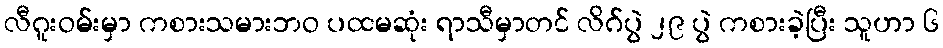
လီဂူးဝမ်းမှာ ကစားသမားဘဝ ပထမဆုံး ရာသီမှာတင် လိဂ်ပွဲ ၂၉ ပွဲ ကစားခဲ့ပြီး သူဟာ ၆